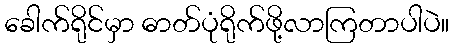
ခေါက်ရိုင်မှာ ဓာတ်ပုံရိုက်ဖို့လာကြတာပါပဲ။